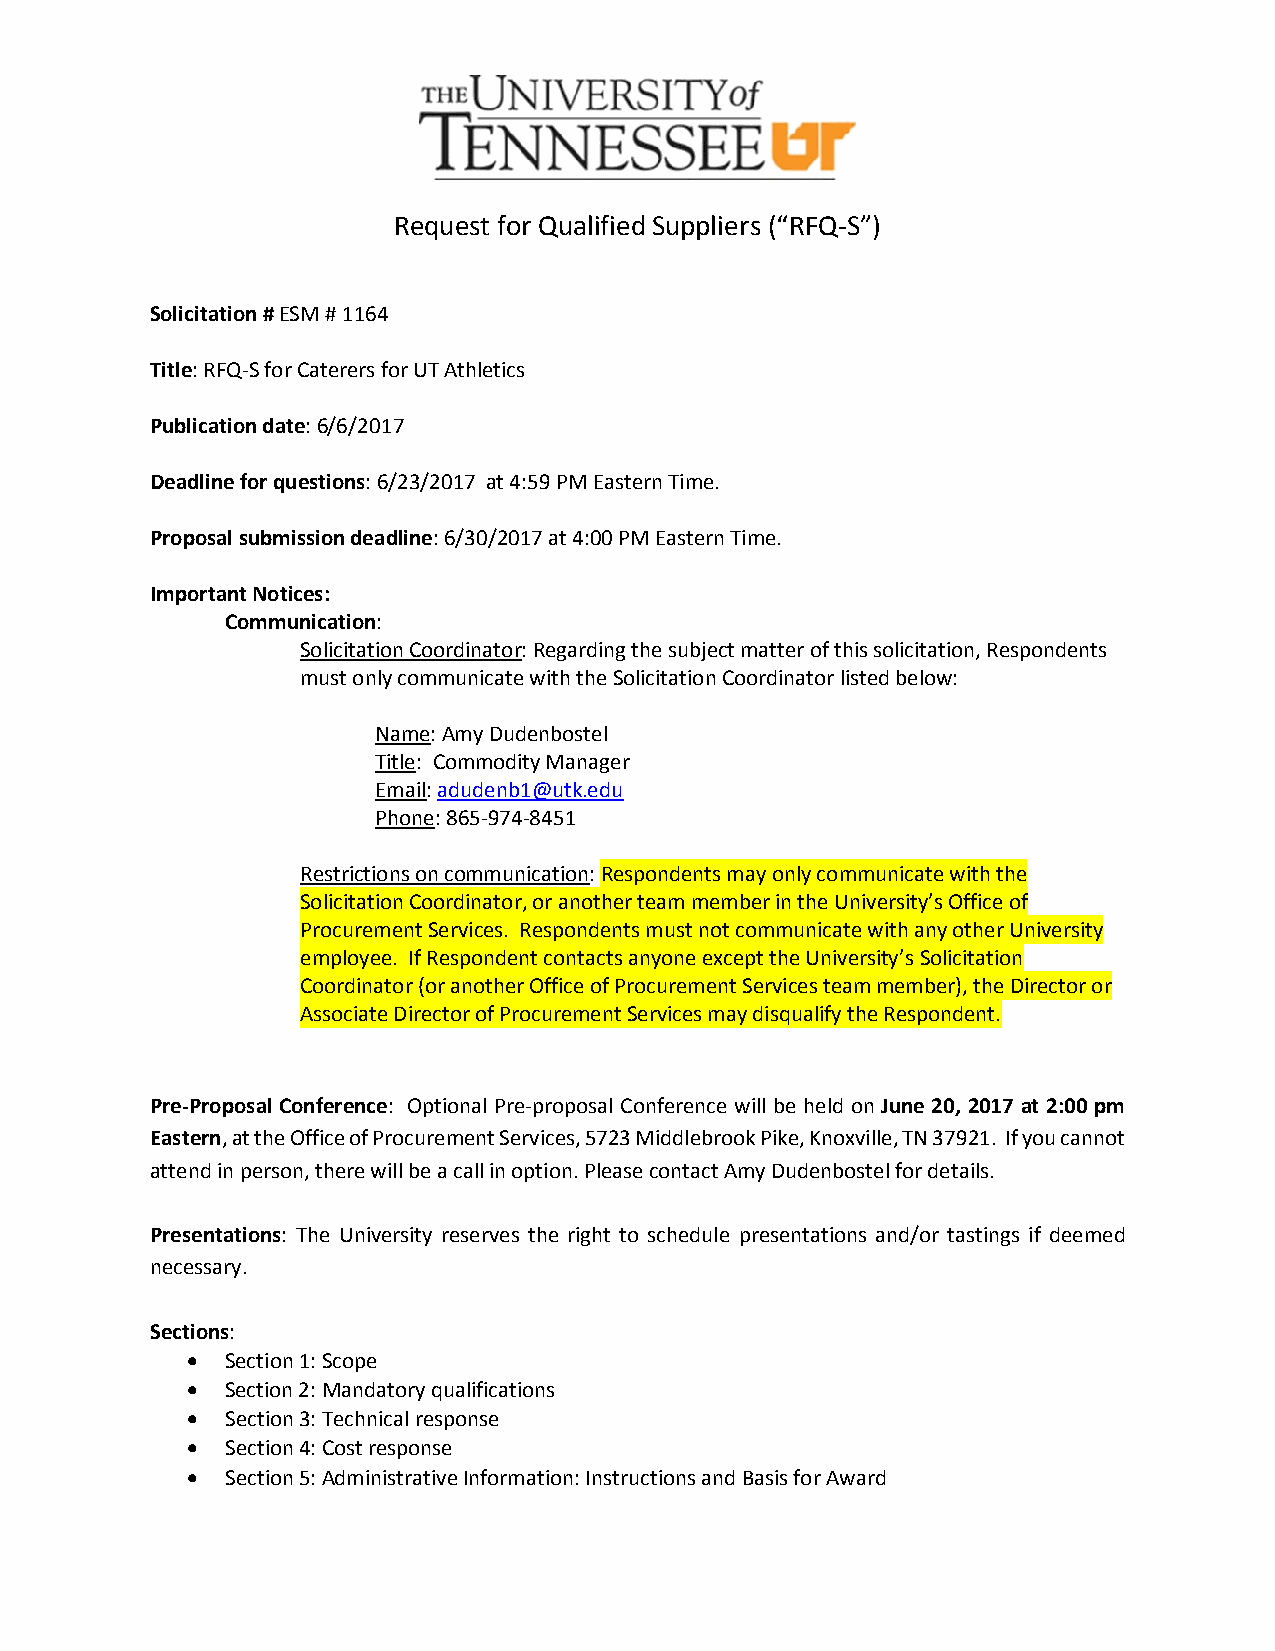
Request for Qualified Suppliers (“RFQ-S”)
 Solicitation # ESM # 1164
 Title: RFQ-S for Caterers for UT Athletics
 Publication date: 6/6/2017
 Deadline for questions: 6/23/2017 at 4:59 PM Eastern Time.
 Proposal submission deadline: 6/30/2017 at 4:00 PM Eastern Time.
 Important Notices:
 Communication:
 Solicitation Coordinator: Regarding the subject matter of this solicitation, Respondents
 must only communicate with the Solicitation Coordinator listed below:
 Name: Amy Dudenbostel
 Title: Commodity Manager
 Email: adudenb1@utk.edu
 Phone: 865-974-8451
 Restrictions on communication: Respondents may only communicate with the
 Solicitation Coordinator, or another team member in the University’s Office of
 Procurement Services. Respondents must not communicate with any other University
 employee. If Respondent contacts anyone except the University’s Solicitation
 Coordinator (or another Office of Procurement Services team member), the Director or
 Associate Director of Procurement Services may disqualify the Respondent.
 Pre-Proposal Conference: Optional Pre-proposal Conference will be held on June 20, 2017 at 2:00 pm
 Eastern, at the Office of Procurement Services, 5723 Middlebrook Pike, Knoxville, TN 37921. If you cannot
 attend in person, there will be a call in option. Please contact Amy Dudenbostel for details.
 Presentations: The University reserves the right to schedule presentations and/or tastings if deemed
 necessary.
 Sections:
 •  Section 1: Scope
 •  Section 2: Mandatory qualifications
 •  Section 3: Technical response
 •  Section 4: Cost response
 •  Section 5: Administrative Information: Instructions and Basis for Award